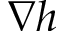
\nabla h